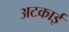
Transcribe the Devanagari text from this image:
अटकाई